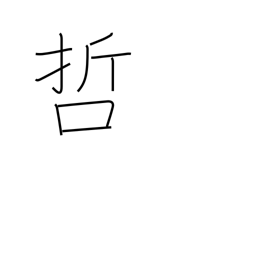
Meaning: philosophy